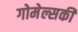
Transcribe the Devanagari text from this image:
गोमेल्सकी